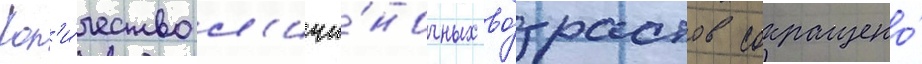
Кол'и́чество л'ичи́ночных во́зрастов сокращено́